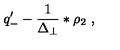
q _ { - } ^ { \prime } - \frac { 1 } { \Delta _ { \perp } } \ast \rho _ { 2 } \ ,